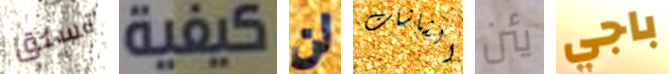
تسلق كيفية لن الشاشات يئن باجي